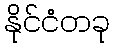
နိုင်ငံတခု